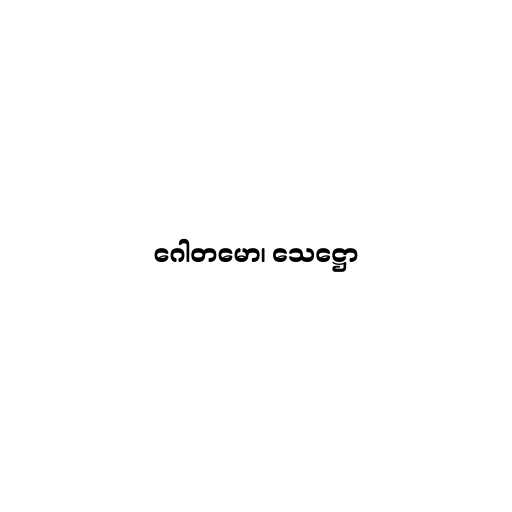
ဂေါတမော၊ သေဋ္ဌော